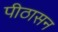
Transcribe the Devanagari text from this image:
पीठासन